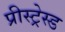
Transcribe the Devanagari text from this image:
प्रीस्ट्रेस्ड